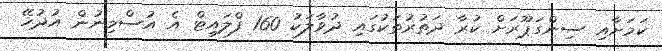
ކަމަށާއި ސިންގަޕޫރަށް ކުރާ ދަތުރުތަކުގައި ދުވާލަކު 160 ފްލައިޓް އެ އުސްމިނުން އުދުހޭ